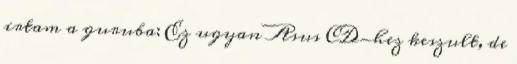
irtam a guruba: Ez ugyan Asus CD-hez keszult, de